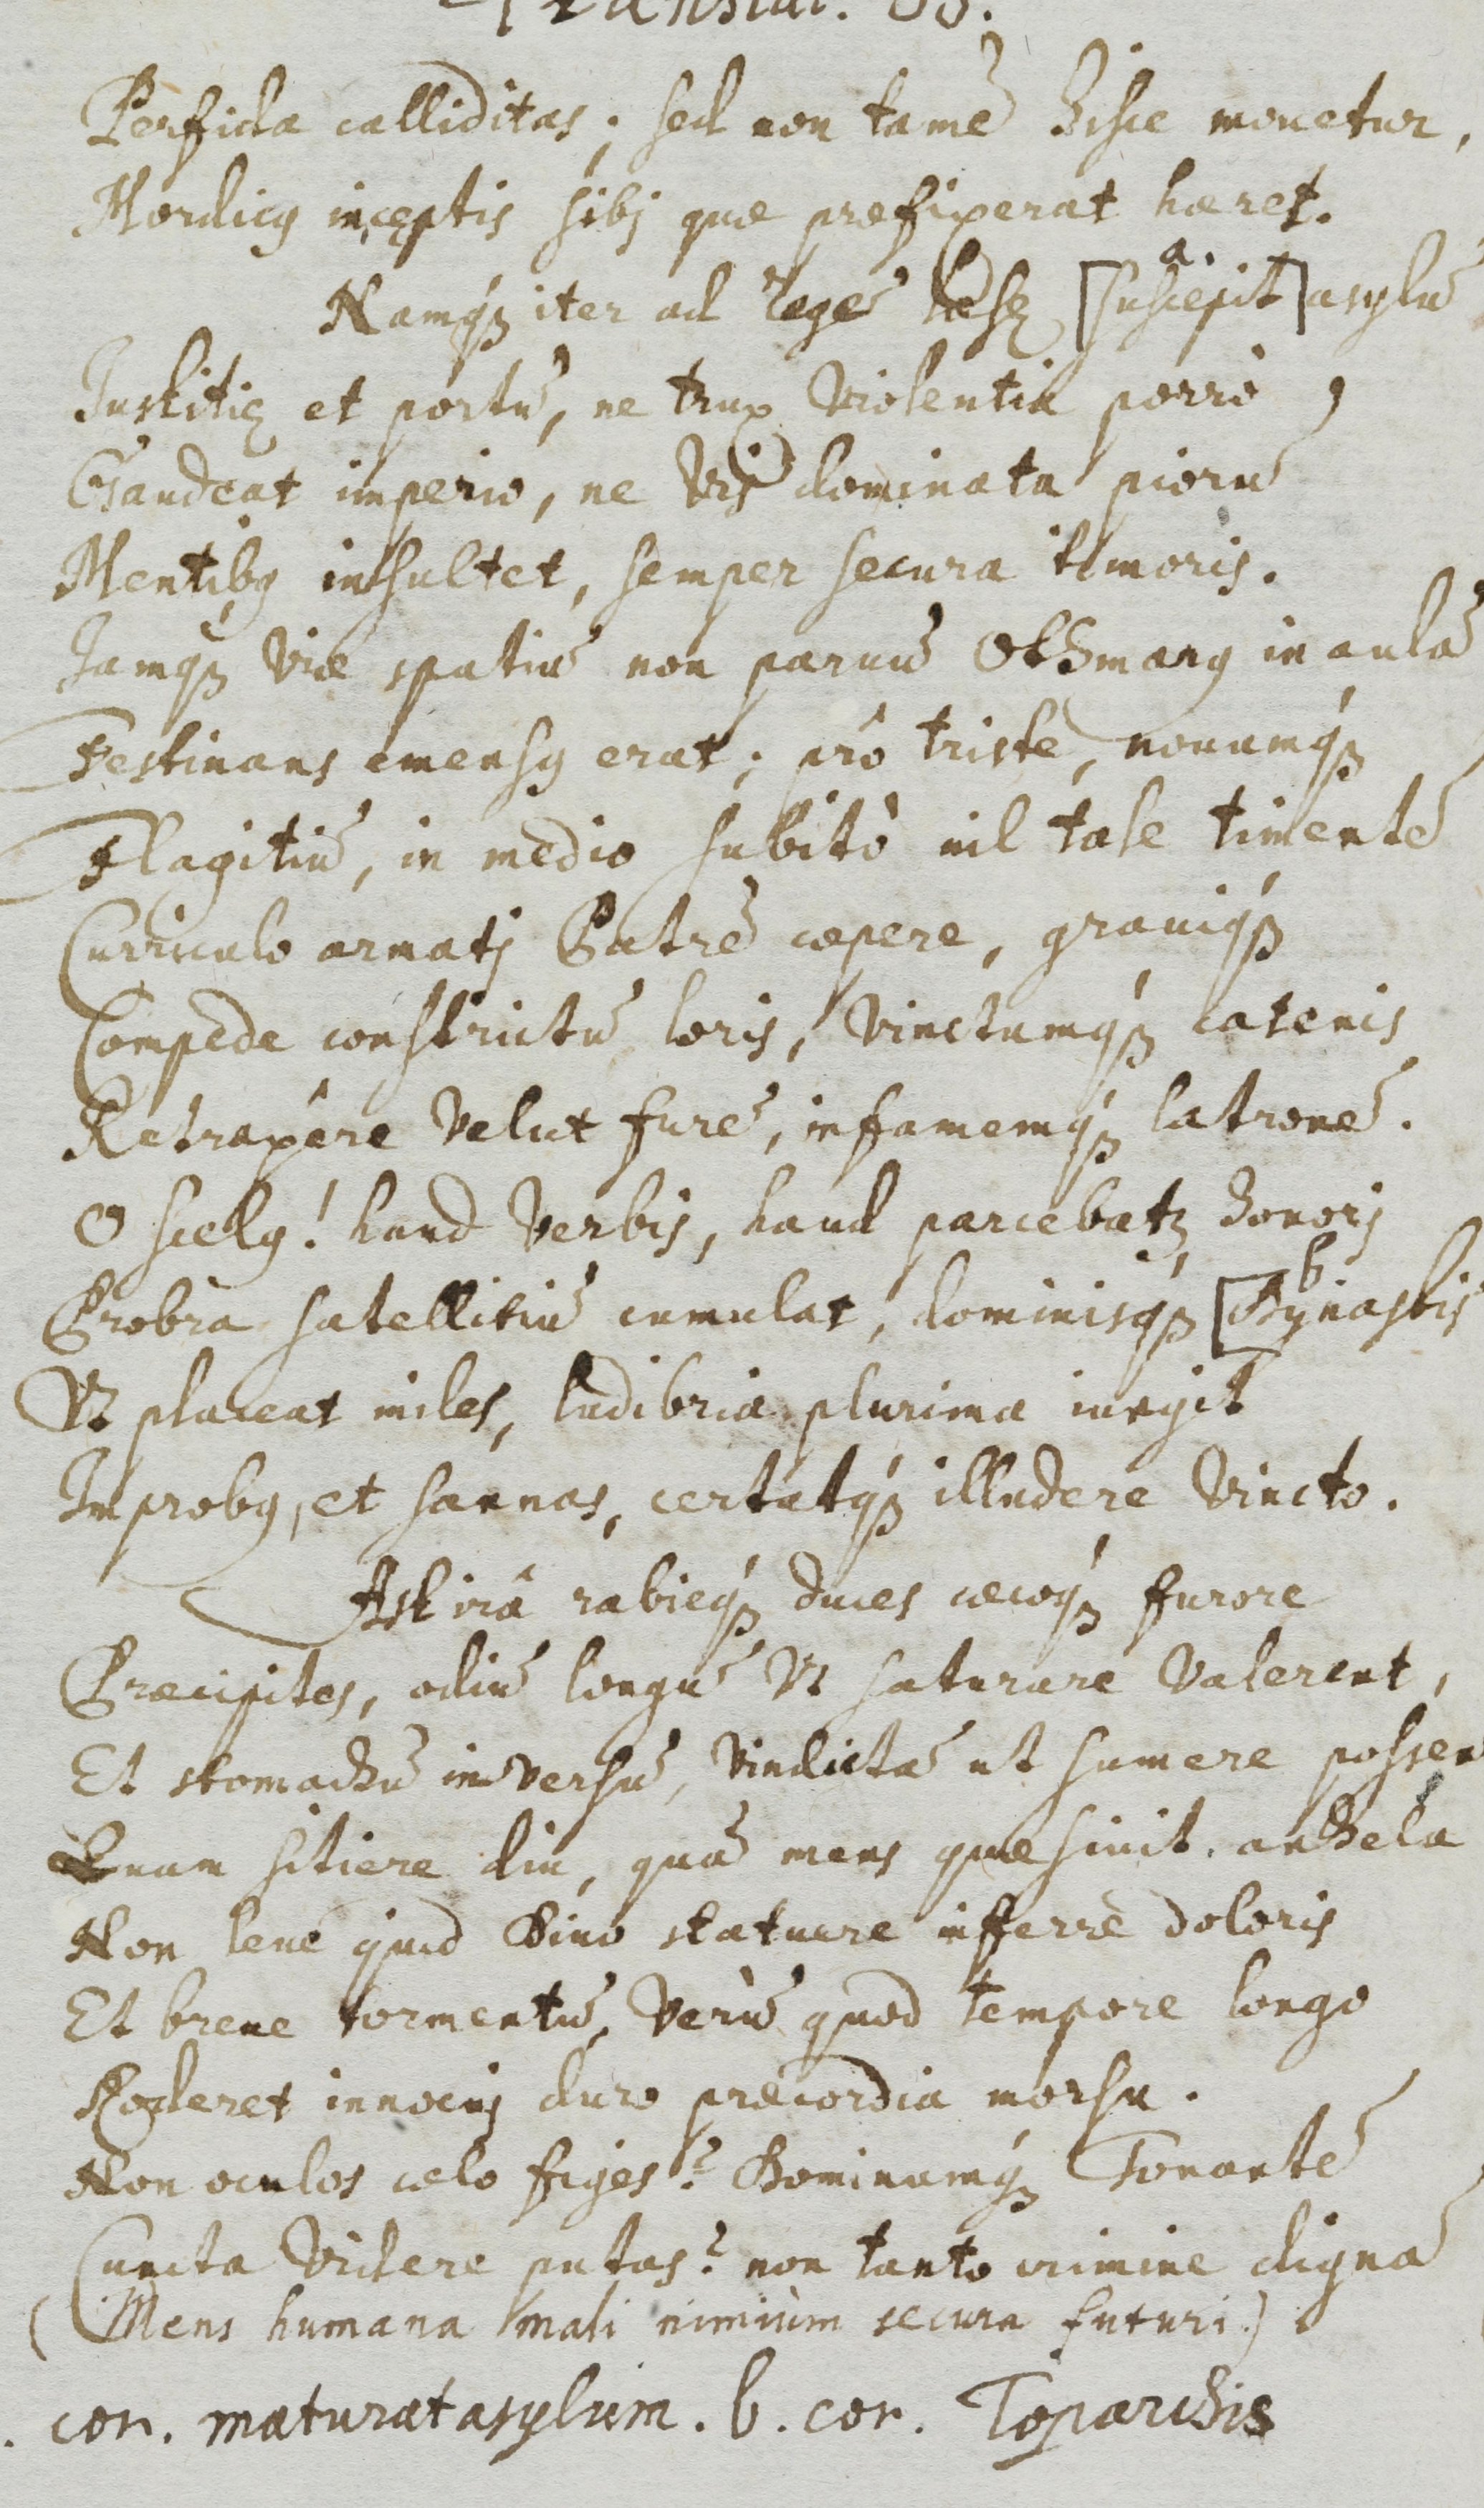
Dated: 1500–1599